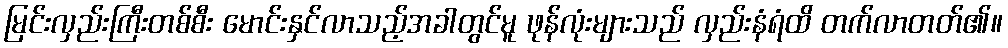
မြင်းလှည်းကြီးတစ်စီး မောင်းနှင်လာသည့်အခါတွင်မူ ဖုန်လုံးများသည် လှည်းနံရံထိ တက်လာတတ်၏။